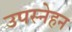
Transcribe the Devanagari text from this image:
उपस्नेहन